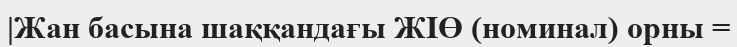
|Жан басына шаққандағы ЖІӨ (номинал) орны =